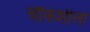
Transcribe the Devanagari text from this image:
चौकशीला